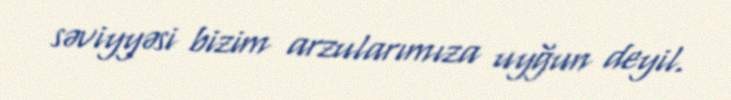
səviyyəsi bizim arzularımıza uyğun deyil.